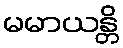
မမာယန္တိ